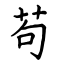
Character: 苟